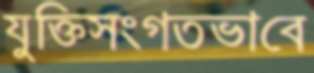
যুক্তিসংগতভাবে